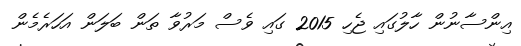
އިންސާނުން ހާލުގައި ޖެހި 2015 ގައި ވެސް މަރުވާ ތަން ބަލަން އަހަރެމެން